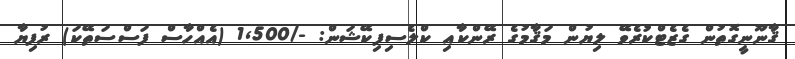
ޤާނޫނީގޮތުން ގެޒެޓްކުރެވޭ ލިޔުން މަޤާމުގެ ރޭންކާއި ކްލެސިފިކޭޝަން: -/1